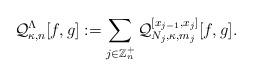
LaTeX: \begin{align*}\mathcal{Q}_{\kappa,n}^{\Lambda}[f,g]:=\sum_{j\in\mathbb{Z}_n^+}\mathcal{Q}_{N_j,\kappa,m_j}^{[x_{j-1},x_{j}]}[f,g].\end{align*}